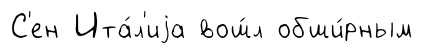
С'ен Ита́л'иjа вош́л обши́рным